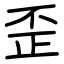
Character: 歪